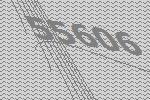
55606